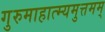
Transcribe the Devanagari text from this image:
गुरुमाहात्म्यमुत्तमम्